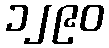
၁၂၉၀